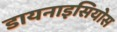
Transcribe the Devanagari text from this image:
डायनाइसियोस